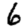
Digit: 6